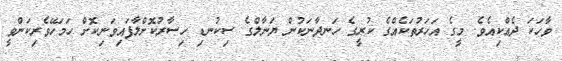
ވާހަކަ ދެއްކިއެވެ. މީގެ އަހަރުތަކެއްގެ ކުރީގެ ހަނދާނަކުން ޔަނާލްގެ ސިކުނޑި ހިސާރުކޮށްލާފައިވަނިކޮށް ހަމަހޭވެރިކަންވީ